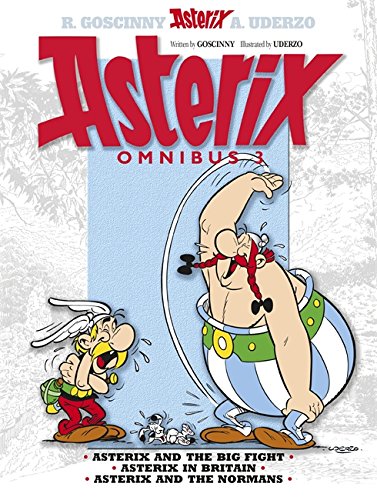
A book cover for Asterix Omnibus 3: Includes Asterix and the Big Fight #7, Asterix in Britain #8, and Asterix and the Normans #9; Rene Goscinny; Comics & Graphic Novels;